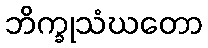
ဘိက္ခုသံဃတော